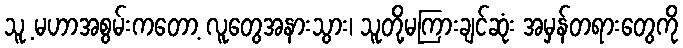
သူ့ မဟာအစွမ်းကတော့ လူတွေအနားသွား၊ သူတို့မကြားချင်ဆုံး အမှန်တရားတွေကို